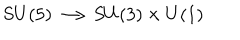
LaTeX: S U ( 5 ) \longrightarrow S U ( 3 ) \times U ( 1 )